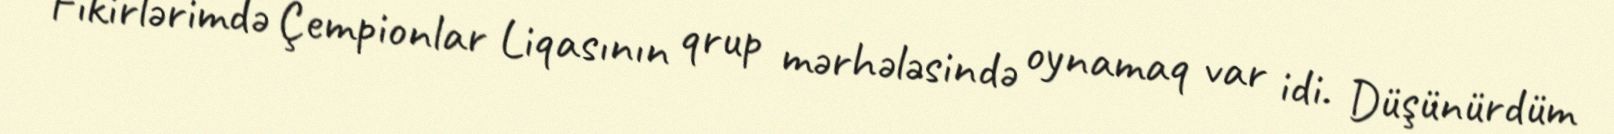
Fikirlərimdə Çempionlar Liqasının qrup mərhələsində oynamaq var idi. Düşünürdüm